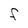
Character: F